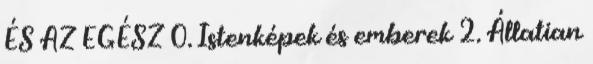
ÉS AZ EGÉSZ 0. Istenképek és emberek 2. Állatian